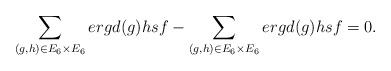
\begin{align*} \sum_{(g,h)\in E_6\times E_6}ergd(g)hsf-\sum_{(g,h)\in E_6\times E_6}ergd(g)hsf=0.\end{align*}